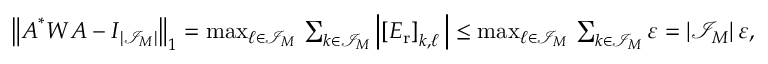
\begin{array} { r } { \big \| \boldsymbol A ^ { * } \boldsymbol W \boldsymbol A - \boldsymbol I _ { | \mathcal I _ { \boldsymbol M } | } \big \| _ { 1 } = \operatorname* { m a x } _ { \boldsymbol \ell \in \mathcal I _ { \boldsymbol M } } \, \sum _ { \boldsymbol k \in \mathcal I _ { \boldsymbol M } } \left| \left[ \boldsymbol E _ { \mathrm { r } } \right] _ { \boldsymbol k , \boldsymbol \ell } \, \right| \leq \operatorname* { m a x } _ { \boldsymbol \ell \in \mathcal I _ { \boldsymbol M } } \, \sum _ { \boldsymbol k \in \mathcal I _ { \boldsymbol M } } \varepsilon = | \mathcal I _ { \b { M } } | \, \varepsilon , } \end{array}